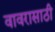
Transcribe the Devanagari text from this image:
वावरासाठी